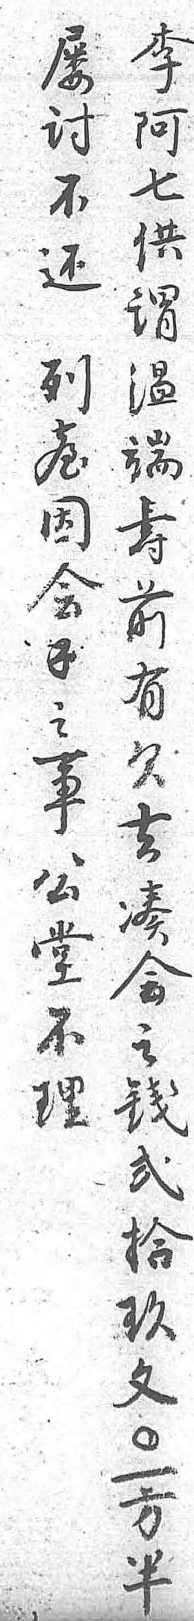
李屡阿討七不供还謂 温列端臺壽因前會有錢欠之去事湊公會堂之不錢理貳 拾 玖 文 零 一 方 半